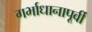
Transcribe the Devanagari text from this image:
गर्भाधानापूर्वी